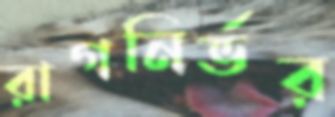
রাগনির্ভর